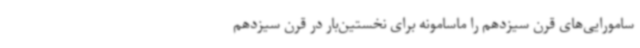
سامورایی‌های قرن سیزدهم را ماسامونه برای نخستین‌بار در قرن سیزدهم